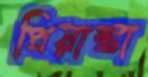
প্রিয়াঙ্কা